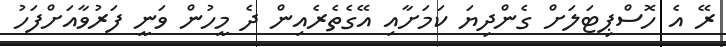
ރޭ އެ ހޮސްޕިޓަލަށް ގެންދިޔަ ކަމަށާއި އޭގެތެރެއިން ދެ މީހުން ވަނީ ފަރުވާއަށްފަހު